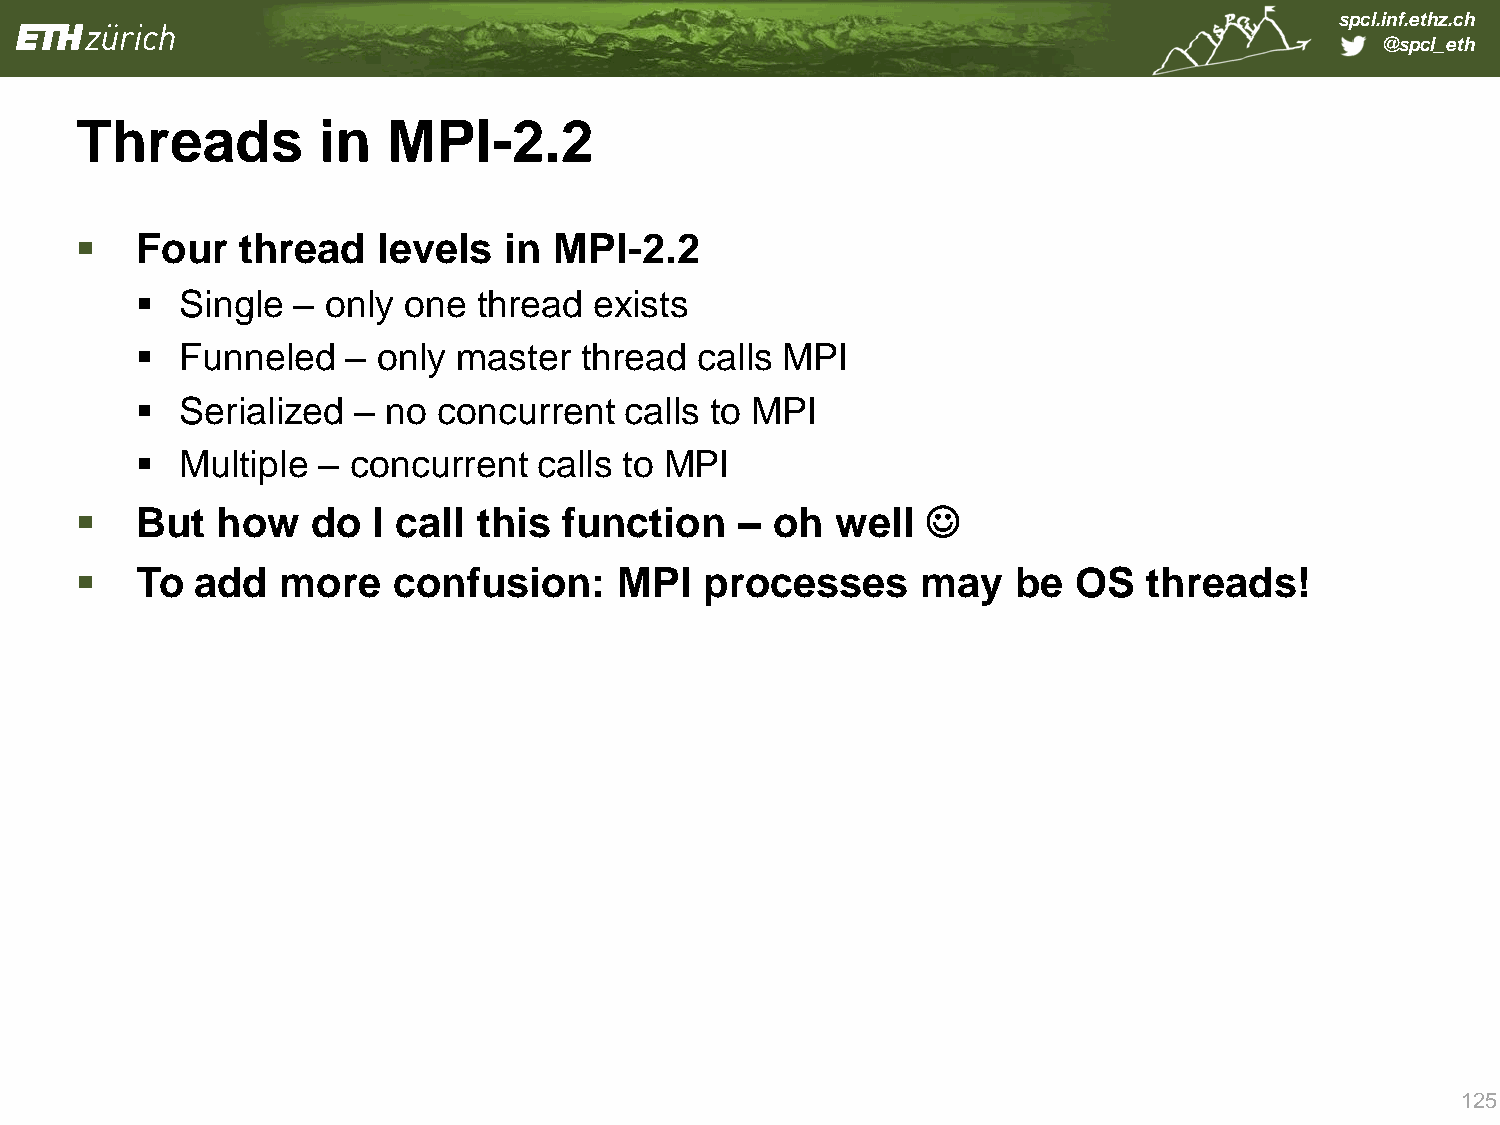
spcl.inf.ethz.ch
 @spcl_eth
 Threads         in   MPI-2.2
    Four   thread   levels  in  MPI-2.2
   Single –  only one  thread exists
   Funneled   – only master  thread  calls MPI
   Serialized –  no concurrent  calls to MPI
   Multiple – concurrent   calls to MPI
    But  how    do  I call this function    – oh  well  
    To  add   more   confusion:     MPI   processes     may   be  OS   threads!
 125